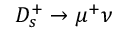
D _ { s } ^ { + } \to \mu ^ { + } \nu